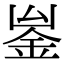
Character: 𨥣